Lunatic asylums Madras 1877-1891 - 1877-1891
Year: 1877
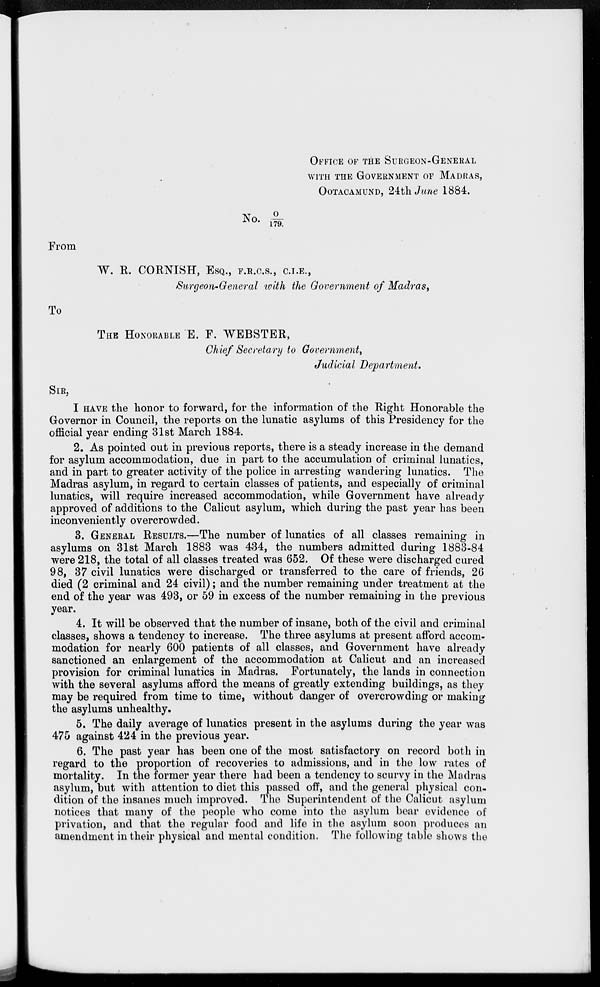
OFFICE OF THE SURGEON-GENERAL
WITH THE GOVERNMENT OF MADRAS,
OOTACAMUND. 24th June 1884.
No. O/179.
From
W. R. CORNISH, ESQ., F.R.C.S., C.I.E.,
Surgeon-General with the Government of Madras,
To
THE HONORABLE E. F. WEBSTER,
Chief Secretary to Government,
Judicial Department.
SIR,
I HAVE the honor to forward, for the information of the Right Honorable the
Governor in Council, the reports on the lunatic asylums of this Presidency for the
official year ending 31st March 1884.
2. As pointed out in previous reports, there is a steady increase in the demand
for asylum accommodation, due in part to the accumulation of criminal lunatics,
and in part to greater activity of the police in arresting wandering lunatics. The
Madras asylum, in regard to certain classes of patients, and especially of criminal
lunatics, will require increased accommodation, while Government have already
approved of additions to the Calicut asylum, which during the past year has been
inconveniently overcrowded.
3. GENERAL RESULTS.—The number of lunatics of all classes remaining in
asylums on 31st March 1883 was 434, the numbers admitted during 1883-84
were 218, the total of all classes treated was 652. Of these were discharged cured
98, 37 civil lunatics were discharged or transferred to the care of friends, 26
died (2 criminal and 24 civil); and the number remaining under treatment at the
end of the year was 493, or 59 in excess of the number remaining in the previous
year.
4. It will be observed that the number of insane, both of the civil and criminal
classes, shows a tendency to increase. The three asylums at present afford accom-
modation for nearly 600 patients of all classes, and Government have already
sanctioned an enlargement of the accommodation at Calicut and an increased
provision for criminal lunatics in Madras. Fortunately, the lands in connection
with the several asylums afford the means of greatly extending buildings, as they
may be required from time to time, without danger of overcrowding or making
the asylums unhealthy.
5. The daily average of lunatics present in the asylums during the year was
475 against 424 in the previous year.
6. The past year has been one of the most satisfactory on record both in
regard to the proportion of recoveries to admissions, and in the low rates of
mortality. In the former year there had been a tendency to scurvy in the Madras
asylum, but with attention to diet this passed off, and the general physical con-
dition of the insanes much improved. The Superintendent of the Calicut asylum
notices that many of the people who come into the asylum bear evidence of
privation, and that the regular food and life in the asylum soon produces an
amendment in their physical and mental condition. The following table shows the